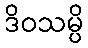
ဒိဝသမ္ပိ